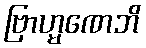
ဗြာဟ္မဏေဘိ